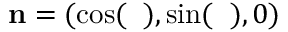
{ \bf n } = ( \cos ( { \it \Delta \phi } ) , \sin ( { \it \Delta \phi } ) , 0 )